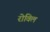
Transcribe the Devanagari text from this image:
रोविल